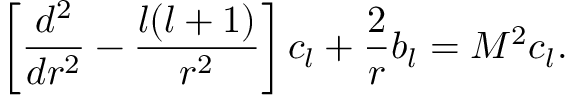
\left[ { \frac { d ^ { 2 } } { d r ^ { 2 } } } - { \frac { l ( l + 1 ) } { r ^ { 2 } } } \right] c _ { l } + { \frac { 2 } { r } } b _ { l } = M ^ { 2 } c _ { l } .